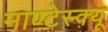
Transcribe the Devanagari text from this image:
माण्टेस्क्यू